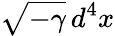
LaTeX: {\sqrt{-\gamma}}\, d^{4}x